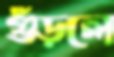
গুঁড়লে